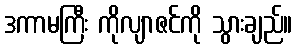
ဒကာမကြီး ကိုလျာဇင်ကို သွားချည်။